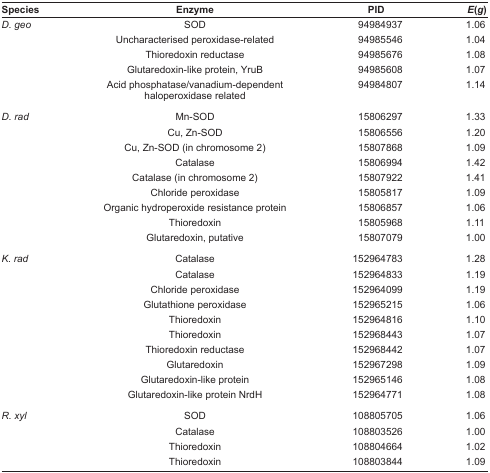
<table><thead><tr><td><b>Species</b></td><td><b>Enzyme</b></td><td><b>PID</b></td><td><b><i>E</i>(<i>g</i>)</b></td></tr></thead><tbody><tr><td rowspan="5"><i>D. geo</i></td><td>SOD</td><td>94984937</td><td>1.06</td></tr><tr><td>Uncharacterised peroxidase-related</td><td>94985546</td><td>1.04</td></tr><tr><td>Thioredoxin reductase</td><td>94985676</td><td>1.08</td></tr><tr><td>Glutaredoxin-like protein, YruB</td><td>94985608</td><td>1.07</td></tr><tr><td>Acid phosphatase/vanadium-dependent haloperoxidase related</td><td>94984807</td><td>1.14</td></tr><tr><td rowspan="9"><i>D. rad</i></td><td>Mn-SOD</td><td>15806297</td><td>1.33</td></tr><tr><td>Cu, Zn-SOD</td><td>15806556</td><td>1.20</td></tr><tr><td>Cu, Zn-SOD (in chromosome 2)</td><td>15807868</td><td>1.09</td></tr><tr><td>Catalase</td><td>15806994</td><td>1.42</td></tr><tr><td>Catalase (in chromosome 2)</td><td>15807922</td><td>1.41</td></tr><tr><td>Chloride peroxidase</td><td>15805817</td><td>1.09</td></tr><tr><td>Organic hydroperoxide resistance protein</td><td>15806857</td><td>1.06</td></tr><tr><td>Thioredoxin</td><td>15805968</td><td>1.11</td></tr><tr><td>Glutaredoxin, putative</td><td>15807079</td><td>1.00</td></tr><tr><td rowspan="10"><i>K. rad</i></td><td>Catalase</td><td>152964783</td><td>1.28</td></tr><tr><td>Catalase</td><td>152964833</td><td>1.19</td></tr><tr><td>Chloride peroxidase</td><td>152964099</td><td>1.19</td></tr><tr><td>Glutathione peroxidase</td><td>152965215</td><td>1.06</td></tr><tr><td>Thioredoxin</td><td>152964816</td><td>1.10</td></tr><tr><td>Thioredoxin</td><td>152968443</td><td>1.07</td></tr><tr><td>Thioredoxin reductase</td><td>152968442</td><td>1.07</td></tr><tr><td>Glutaredoxin</td><td>152967298</td><td>1.09</td></tr><tr><td>Glutaredoxin-like protein</td><td>152965146</td><td>1.08</td></tr><tr><td>Glutaredoxin-like protein NrdH</td><td>152964771</td><td>1.08</td></tr><tr><td rowspan="4"><i>R. xyl</i></td><td>SOD</td><td>108805705</td><td>1.06</td></tr><tr><td>Catalase</td><td>108803526</td><td>1.00</td></tr><tr><td>Thioredoxin</td><td>108804664</td><td>1.02</td></tr><tr><td>Thioredoxin</td><td>108803844</td><td>1.09</td></tr></tbody></table>